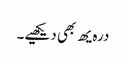
درہ یھ بھی دیکھیے۔